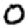
Digit: 0